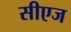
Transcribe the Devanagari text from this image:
सीएज